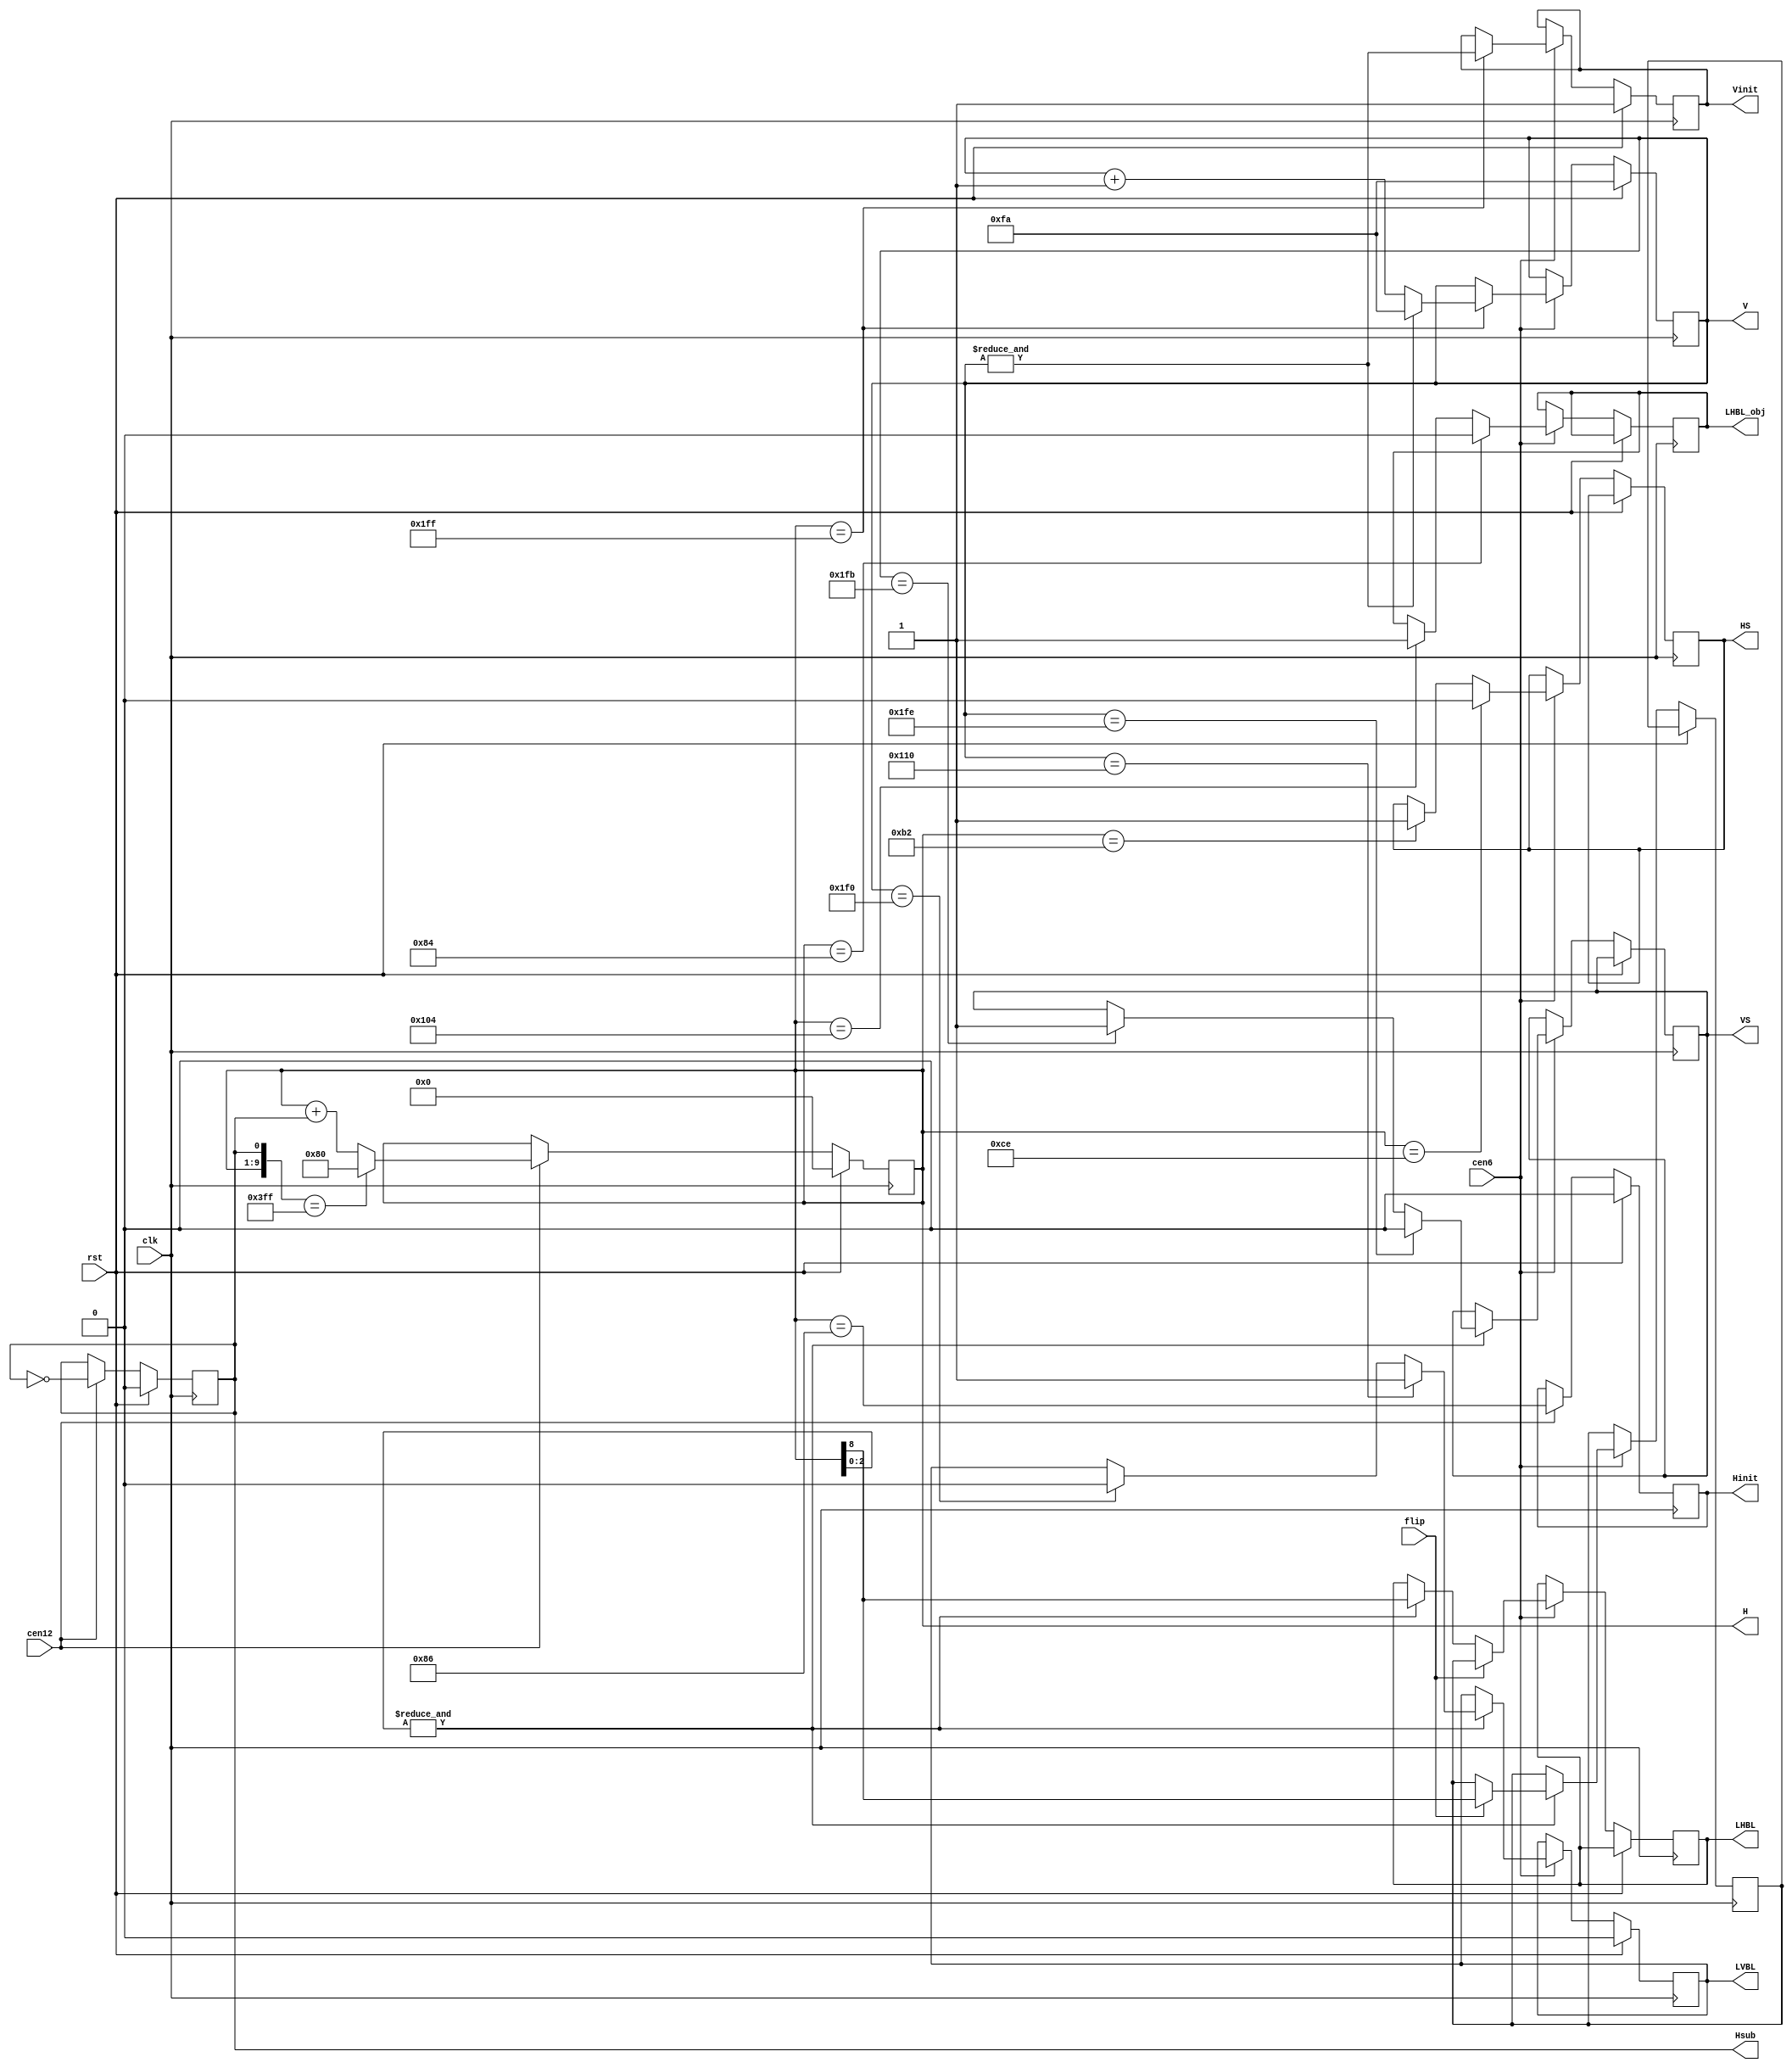
/*  This file is part of JT_GNG.
    JT_GNG program is free software: you can redistribute it and/or modify
    it under the terms of the GNU General Public License as published by
    the Free Software Foundation, either version 3 of the License, or
    (at your option) any later version.

    JT_GNG program is distributed in the hope that it will be useful,
    but WITHOUT ANY WARRANTY; without even the implied warranty of
    MERCHANTABILITY or FITNESS FOR A PARTICULAR PURPOSE.  See the
    GNU General Public License for more details.

    You should have received a copy of the GNU General Public License
    along with JT_GNG.  If not, see <http://www.gnu.org/licenses/>.

    Author: Jose Tejada Gomez. Twitter: @topapate
    Version: 1.0
    Date: 27-10-2017 */

module jtgng_timer(
    input               clk,
    input               cen12,  // 12 MHz
    input               cen6,   //  6 MHz
    input               rst,
	 input               flip,
    output  reg [8:0]   V,
    output  reg [8:0]   H,
    output  reg         Hsub,
    output  reg         Hinit,
    output  reg         Vinit,
    output  reg         LHBL,
    output  reg         LHBL_obj,
    output  reg         LVBL,
    output  reg         HS,
    output  reg         VS
);

parameter obj_offset=10'd3;

//reg LHBL_short;
//reg G4_3H;  // high on 3/4 H transition
//reg G4H;    // high on 4H transition
//reg OH;     // high on 0H transition
 
// H counter
always @(posedge clk) begin
    if( rst ) begin
        { Hinit, H } <= 10'd0;
        Hsub <= 1'b0;
    end else if(cen12) begin
        Hinit <= H == 9'h86;
        Hsub  <= ~Hsub;
        if( {H,Hsub} == {9'd511,1'b1} ) begin
            //Hinit <= 1'b1;
            H <= 9'd128;
        end
        else begin
            //Hinit <= 1'b0;
            H <= H + Hsub;
        end
    end
end

// V Counter
always @(posedge clk) begin
    if( rst ) begin
        V     <= 9'd250;
        Vinit <= 1'b1;
    end else if(cen6) begin
        if( H == 9'd511 ) begin
            Vinit <= &V;
            V <= &V ? 9'd250 : V + 1'd1;
        end
    end
end

wire [9:0] LHBL_obj0 = 10'd135-obj_offset >= 10'd128 ? 10'd135-obj_offset : 10'd135-obj_offset+10'd512-10'd128;
wire [9:0] LHBL_obj1 = 10'd263-obj_offset;

reg lhbl;

// L Horizontal/Vertical Blanking
always @(posedge clk) 
    if( rst ) LVBL <= 1'b0;
    else if(cen6) begin
        if( H==LHBL_obj1[8:0] ) LHBL_obj<=1'b1;
        if( H==LHBL_obj0[8:0] ) LHBL_obj<=1'b0;
        if( &H[2:0] ) begin
            if(flip) lhbl <= H[8]; else LHBL <= H[8];
            if( V==9'd496 ) LVBL <= 1'b0;
            if( V==9'd272 ) LVBL <= 1'b1;

            if( V==9'd507 ) VS <= 1;
            if( V==9'd510 ) VS <= 0;
        end

        if(flip) LHBL <= lhbl;

        if (H==9'd178) HS <= 1;
        if (H==9'd206) HS <= 0;
        // if (H==9'd136) LHBL_short <= 1'b0;
        // if (H==9'd248) LHBL_short <= 1'b1;
    end

// H indicators
// always @(posedge clk) begin
//     G4H <= &H[1:0];
//     OH  <= &H[2:0];
// end
// 
// always @(posedge clk) begin
//     G4_3H <= &H[1:0];
// end

endmodule // jtgng_timer